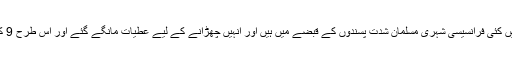
اس ضمن میں ایک اور مشہور ڈرامہ رچایا گیا کہ مشرقِ وسطیٰ اور افریقہ وغیرہ میں کئی فرانسیسی شہری مسلمان شدت پسندوں کے قبضے میں ہیں اور انہیں چھڑانے کے لیے عطیات مانگے گئے اور اس طرح 9 کروڑ ڈالر کی رقم جمع ہوئی جو پاکستانی روپوں میں 15 ارب روپے کے برابر ہے۔